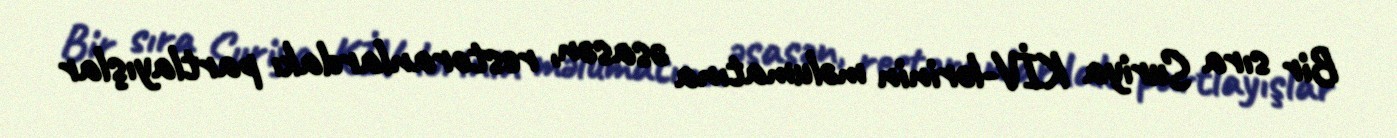
Bir sıra Suriya KİV-lərinin məlumatına əsasən, restoranlardakı partlayışlar